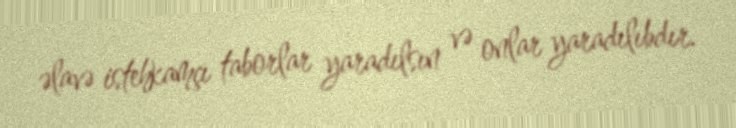
əlavə istehkamçı taborlar yaradılsın və onlar yaradılıbdır.